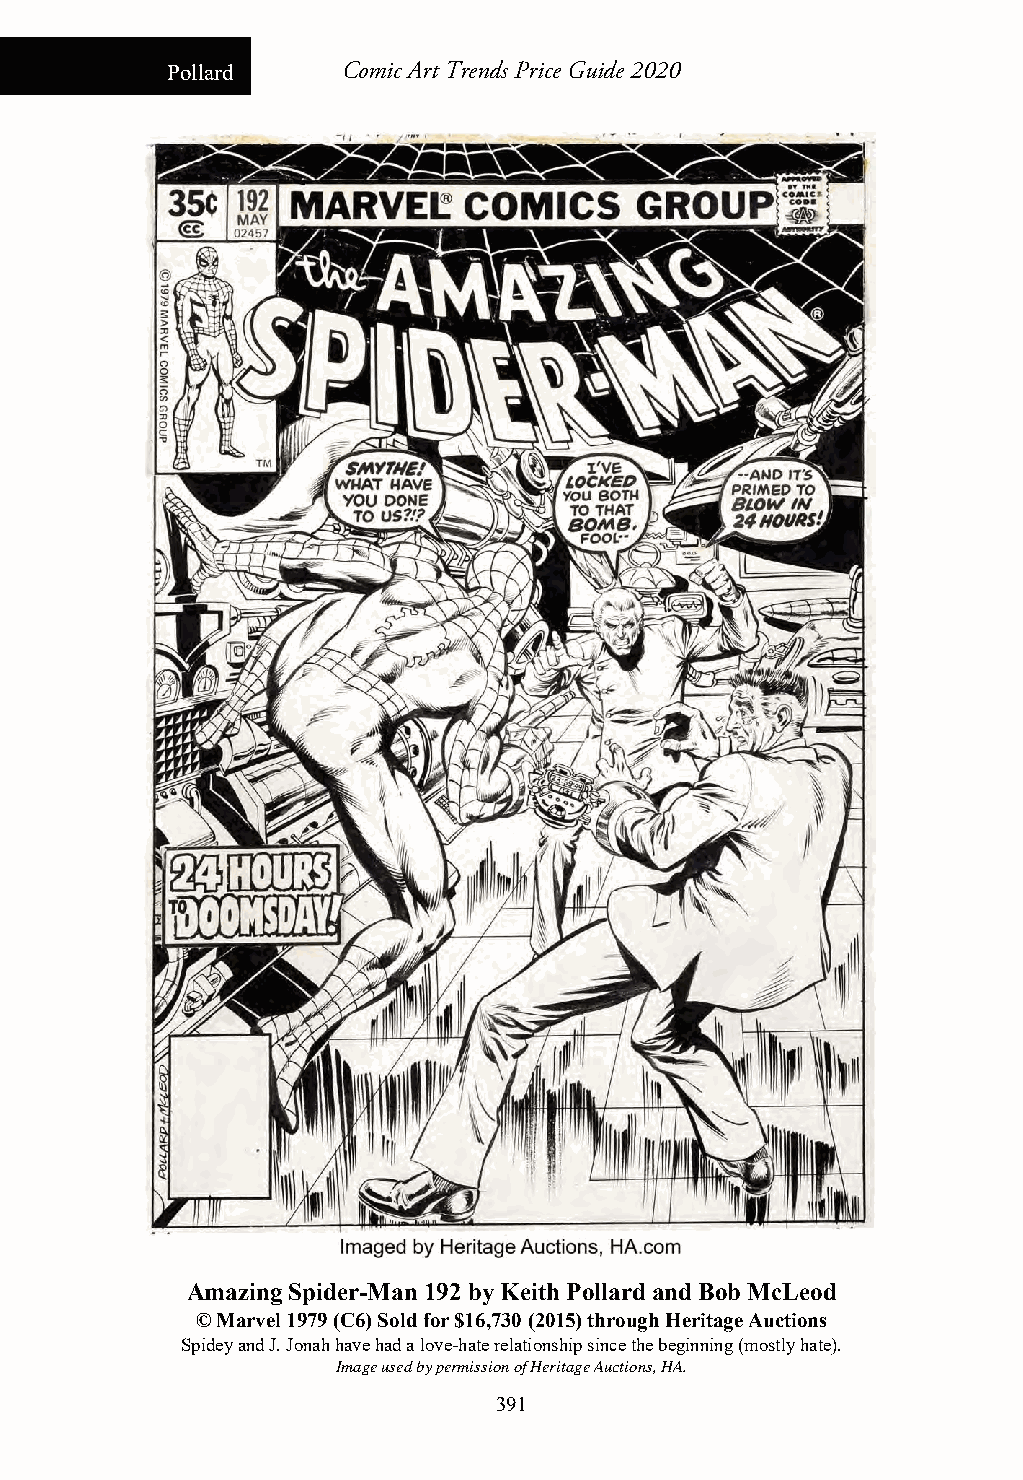
Pollard     Comic Art Trends Price Guide 2020
 Amazing Spider-Man 192 by Keith Pollard and Bob McLeod
 © Marvel 1979 (C6) Sold for $16,730 (2015) through Heritage Auctions
 Spidey and J. Jonah have had a love-hate relationship since the beginning (mostly hate).
 Image used by permission of Heritage Auctions, HA.
 391